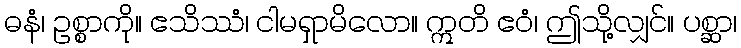
ဓနံ၊ ဥစ္စာကို။ ဧသိဿံ၊ ငါမရှာမိလော။ ဣတိ ဧဝံ၊ ဤသို့လျှင်။ ပစ္ဆာ၊